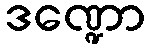
ဒဏ္ဍော